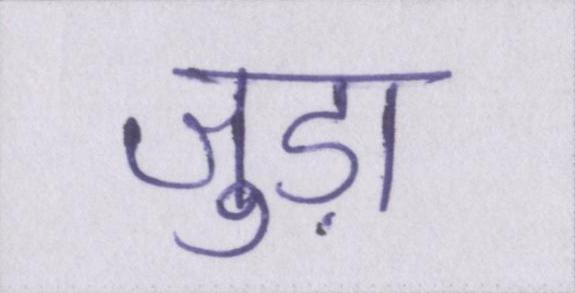
जुड़ा